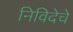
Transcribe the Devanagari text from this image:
निविदेचे